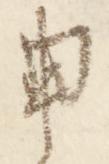
申